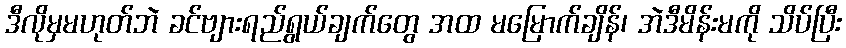
ဒီလိုမှမဟုတ်ဘဲ ခင်ဗျားရည်ရွယ်ချက်တွေ အထ မမြောက်ချိန်၊ အဲဒီမိန်းမကို သိပ်ပြီး